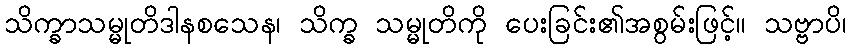
သိက္ခာသမ္မုတိဒါနစသေန၊ သိက္ခ သမ္မုတိကို ပေးခြင်း၏အစွမ်းဖြင့်။ သဗ္ဗာပိ၊